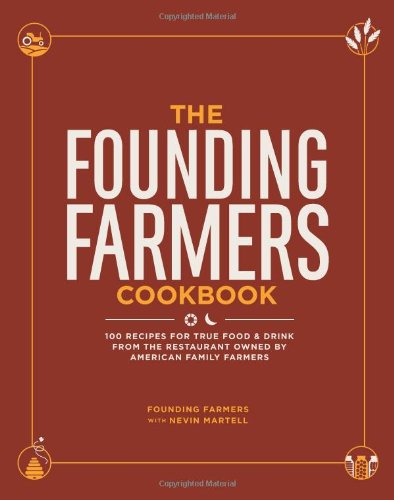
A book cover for The Founding Farmers Cookbook: 100 Recipes for True Food & Drink from the Restaurant Owned by American Family Farmers; Founding Farmers; Cookbooks, Food & Wine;